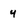
Character: 4